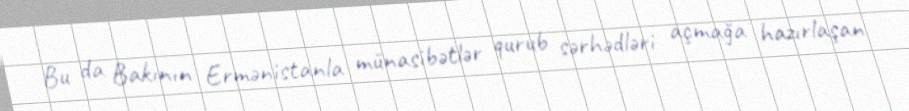
Bu da Bakının Ermənistanla münasibətlər qurub sərhədləri açmağa hazırlaşan